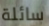
سائلة